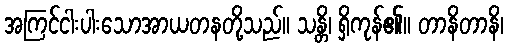
အကြင်ငါးပါးသောအာယတနတို့သည်။ သန္တိ၊ ရှိကုန်၏။ တာနိတာနိ၊